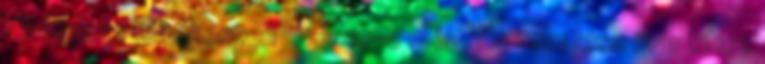
Elhagyott féltékenyen? Vársz-e még, Ha nem lesz már kihez